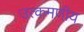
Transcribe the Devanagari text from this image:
उत्कमणीय